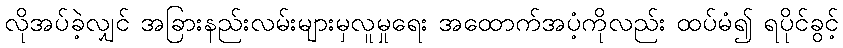
လိုအပ်ခဲ့လျှင် အခြားနည်းလမ်းများမှလူမှုရေး အထောက်အပံ့ကိုလည်း ထပ်မံ၍ ရပိုင်ခွင့်